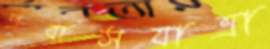
প্রবাসযাত্রা